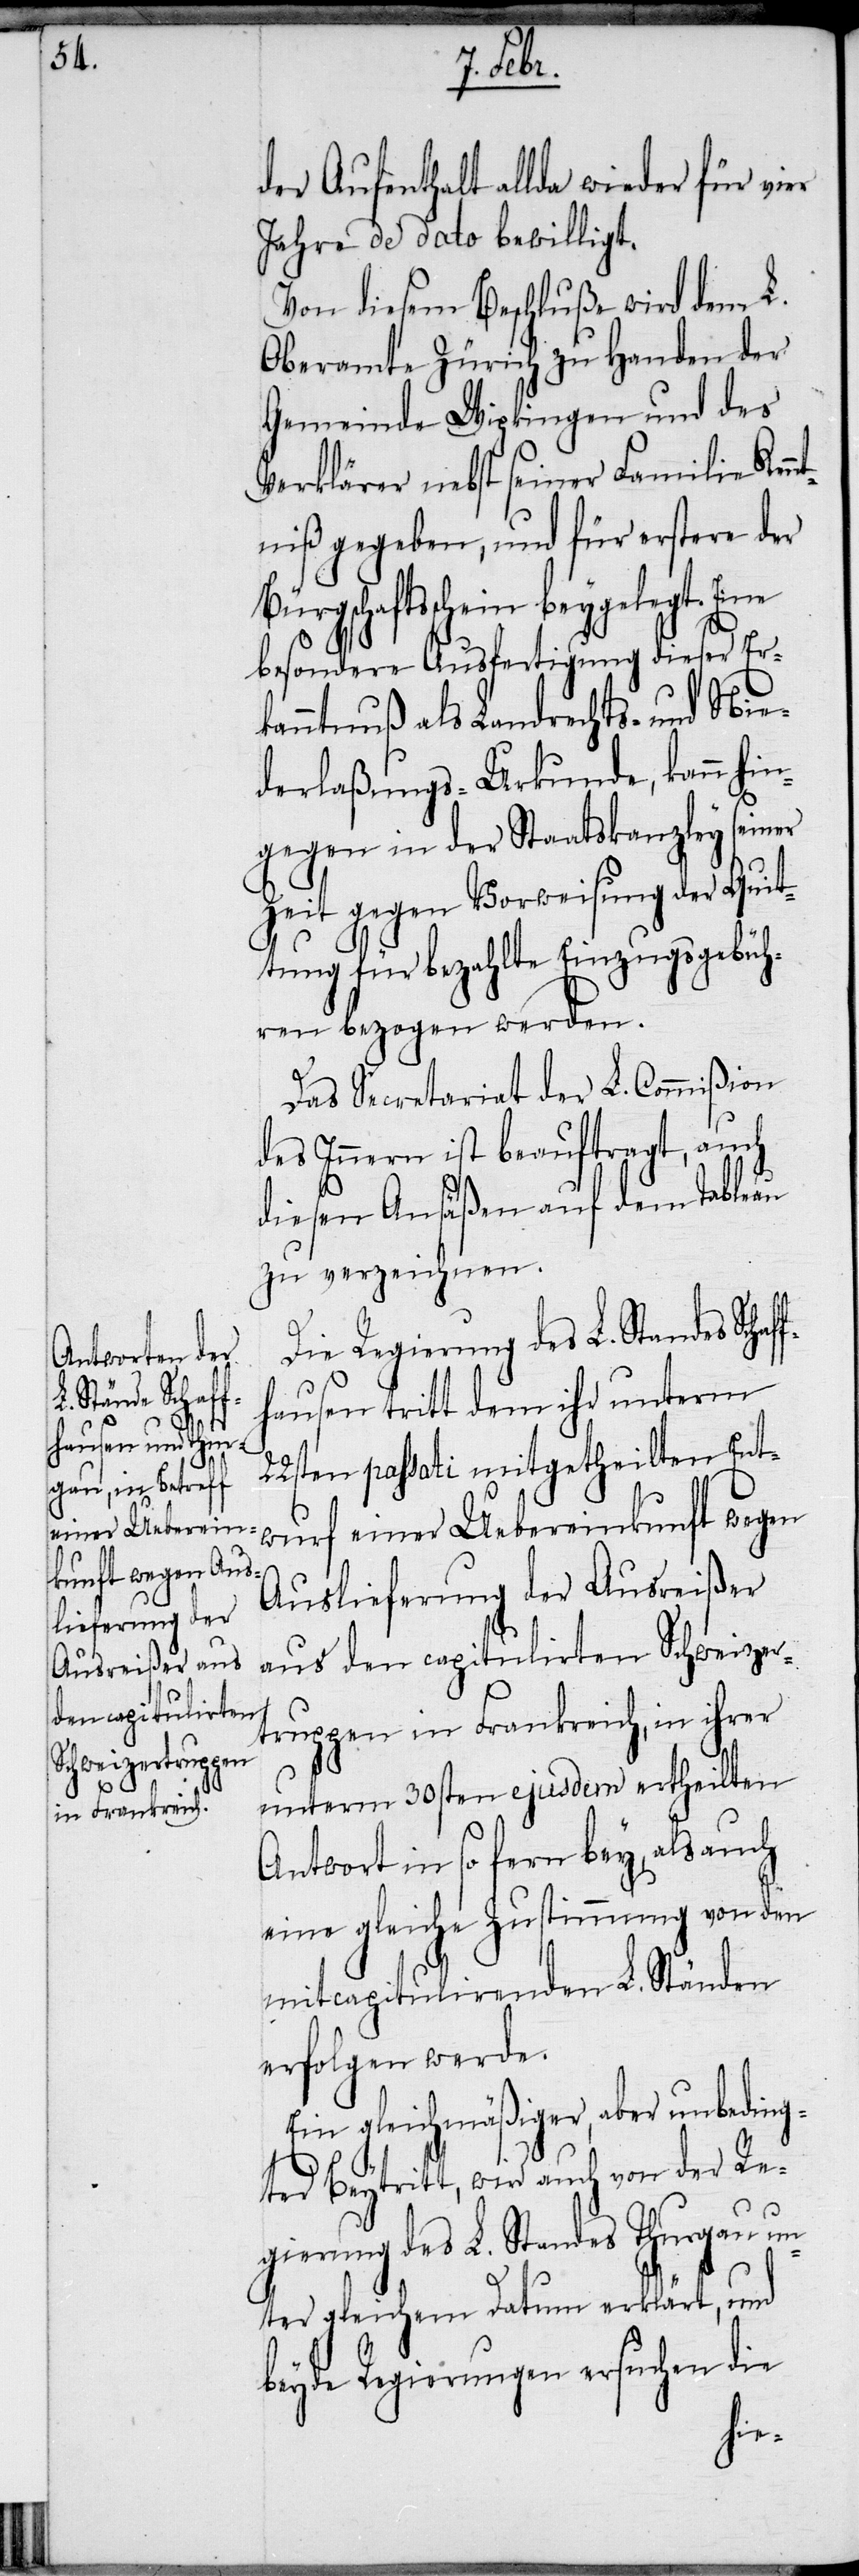
der Aufenthalt allda wieder für vier
Jahre de dato bewilligt.
Von diesem Beschluße wird dem L.
Oberamte Zürich zu Handen der
Gemeinde Wipkingen und des
Verklärer nebst seiner Familie Kenn¬
tniß gegeben, und für erstere der
Bürgschaftsschein beygelegt. Eine
besondere Ausfertigung dieser Er¬
kanntnuß als Landrechts- und Nie¬
derlaßungs-Urkunde, kann hin¬
gegen in der Staatskanzley seiner
Zeit gegen Vorweisung der Quit¬
tung für bezahlte Einzugsgebüh¬
ren bezogen werden.
Das Secretariat der Lbl. Commißion
des Innern ist beauftragt, auch
diesen Ansäßen auf dem Tableau
zu verzeichnen.
Die Regierung des L. Standes Scha¬
hausen tritt dem ihr unterm
22sten passati mitgetheilten Ent¬
wurf einer Uebereinkunft wegen
Auslieferung der Ausreißer
aus den capitulirten Schweizer¬
truppen in Frankreich, in ihrer
unterm 30sten ejusdem ertheilten
Antwort in so fern bey, als auch
eine gleiche Zustimmung von den
mitcapitulirenden L. Ständen
erfolgen werde.
Ein gleichmäßiger, aber unbeding¬
ter Beytritt, wird auch von der Re¬
gierung des L. Standes Thurgau un¬
ter gleichem Datum erklärt, und
beyde Regierungen ersuchen die
ff¬